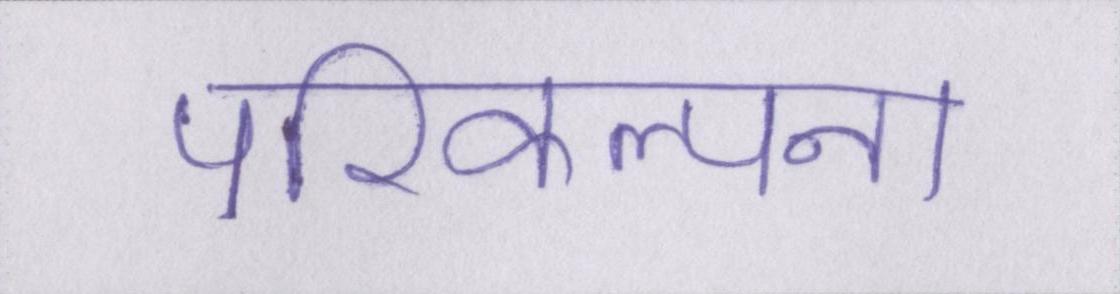
परिकल्पना